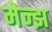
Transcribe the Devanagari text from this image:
मेन्झ